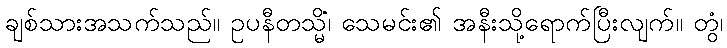
ချစ်သားအသက်သည်။ ဥပနီတသ္မိံ၊ သေမင်း၏ အနီးသို့ရောက်ပြီးလျက်။ တွံ၊